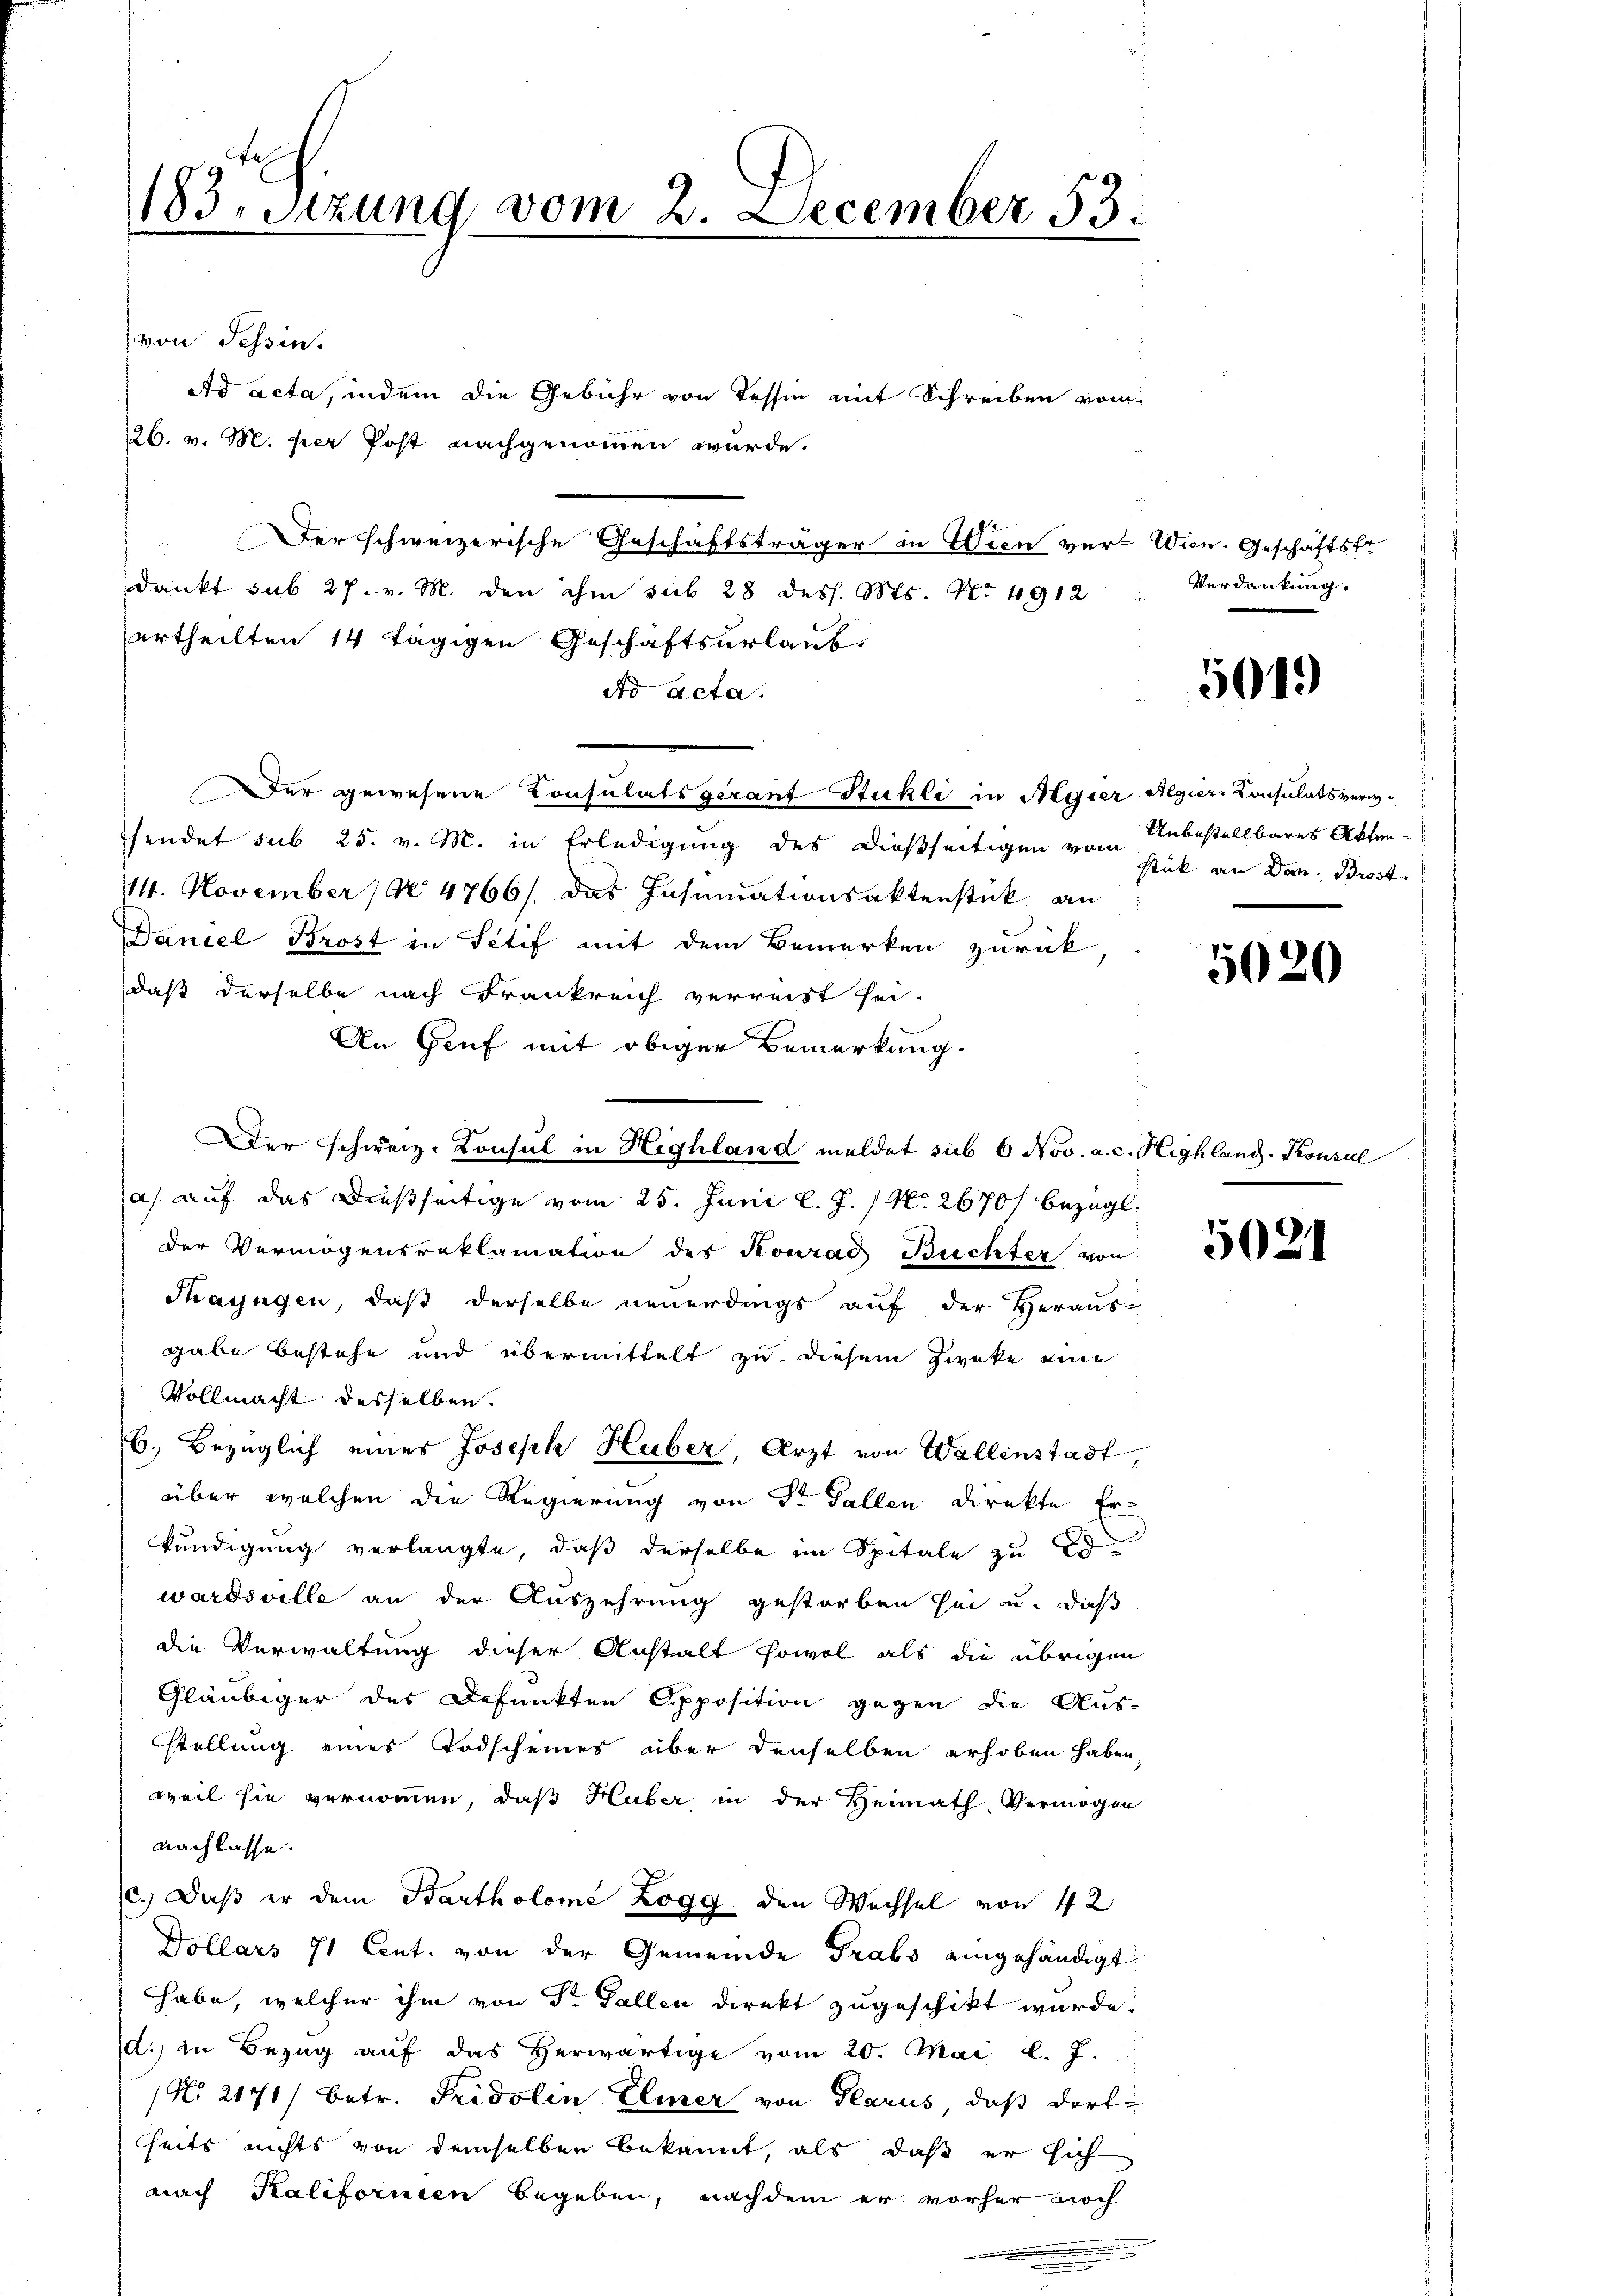
183. Sitzung vom 2. December 53.

von Tessin.
Ad acta, indem die Gebühr von Tessin mit Schreiben vom
126. v. M. per Post nachgenommen wurde.
Der schweizerische Geschäftsträger in Wien ver-Wien. Geschäftsfr
dankt sub 27. v. M. den ihm sub 28 dess. Mts. No 4912
ertheilten 14 tägigen Geschäftsurlaub
dd acta.
Der gewesene Consulatsgerauf Stuhli in Algier Algier-Consulatsversendet sub 25. v. M. in Erledigung des dießseitigen vom Stick an Dan. Brost
114. November 190 4766/ das Insinuationsaktenstück an
Daniel Brost in Sctif mit dem Bemerken zurück
daß derselbe nach Frankreich verreist sei.
An Genf mit obiger Bemerkung.
Der schweiz. Konsul in Highland meldet sub 6 Nov. a. c. Highland-Konsul
a) auf das dießseitige vom 25. Juni l. J. N. 2670/ bezügl.
der Vermögensreklamation des Konrad Buchter von
Thayngen, daß derselbe neuerdings auf der Heraus-
gabe bestehe und übermittelt zu diesem Zwecke eine
Vollmacht desselben.
b. Bezüglich eines Joseph Huber, Arzt von Wallinstadt,
über welchen die Regierung von Dr Fallen Direkte Er-
kundigung verlangte, daß derselbe im Spitale zu d
wardsville an der Auszehrung gestorben sei u. daß
die Verwaltung dieser Anstalt sowol als die übrigen
Gläubiger des Defunkten Opposition gegen die Aus-
stellung eines Todscheines über denselben erhoben haben,
weil sie vernommen, daß Huber in der Heimath Vermögen
Nachlasse.
C.) Daß er dem Bartholome Zogg, den Wechsel von 42
Dollars 71 Cent. von der Gemeinde Grabs eingehändigt
habe, welcher ihm von Dr. Fallen direkt zugeschikt wurde.
d. in Bezug auf das Herwärtige vom 20. Mai l. J.
(No 2171/ betr. Fridolin Elmer von Glarus, daß dorti
seits nichts von demselben bekannt, als daß er sich
nach Kalifornien begeben, nachdem er vorher noch

Verdankung.

5019

Unbestellbares Akten¬

5020

5021